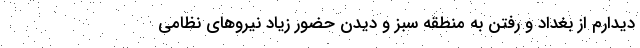
دیدارم از بغداد و رفتن به منطقه سبز و دیدن حضور زیاد نیروهای نظامی